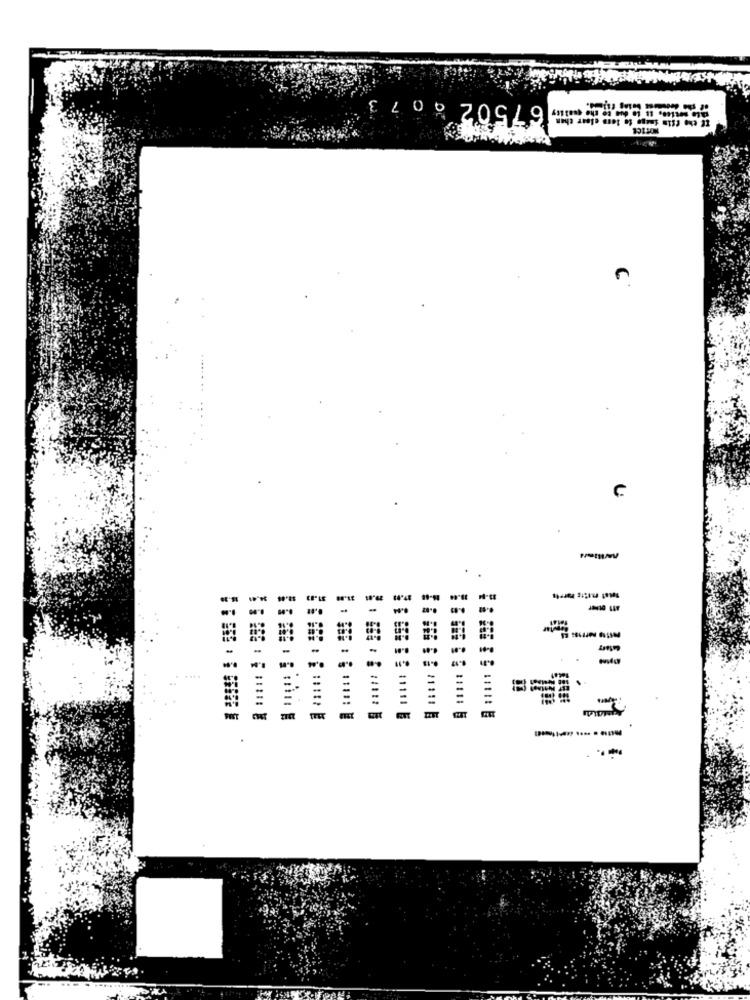
67502 9073
If the Film image to lons elear chan
mal Efits Parrts
----
-
we
=
-